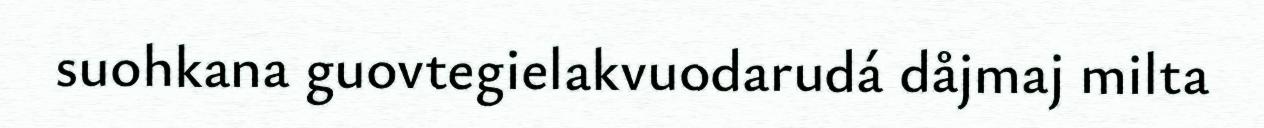
suohkana guovtegielakvuodarudá dåjmaj milta